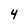
Character: 4